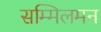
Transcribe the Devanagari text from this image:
सम्मिलमन